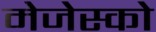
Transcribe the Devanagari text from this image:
मेजेस्‍को